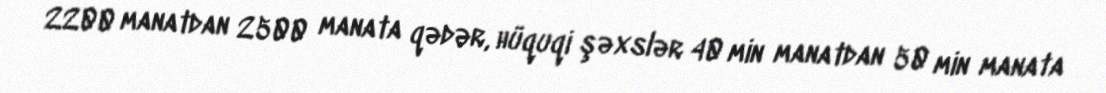
2200 manatdan 2500 manata qədər, hüquqi şəxslər 40 min manatdan 50 min manata